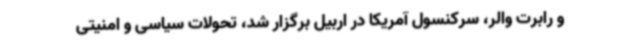
و رابرت والر، سرکنسول آمریکا در اربیل برگزار شد، تحولات سیاسی و امنیتی